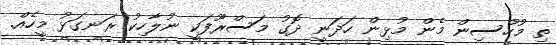
ތި މުހުސިން މެން މުޅިން ހަދަނީ ދޮގު މަސްރޫފަކީ ނުލާހިކު ރަނގަޅު މީހެއް.